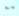
به